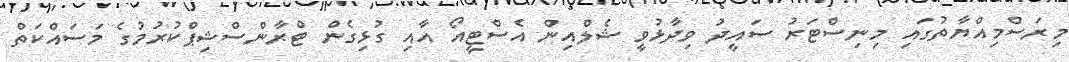
މިރަސްމިއްޔާތުގައި މިނިސްޓަރު ސައީދު ވިދާޅުވީ ޝެލްއިން އެސްޓީއޯ އާއި ގުޅިގެން ޓްރާންސްޝިޕްކުރުމުގެ މަސައްކަތް